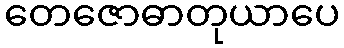
တေဇောဓာတုယာပေ